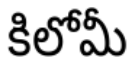
కిలోమీ